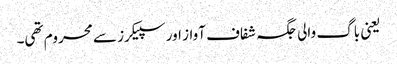
یعنی باگ والی جگہ شفاف آواز اور سپیکرز سے محروم تھی۔